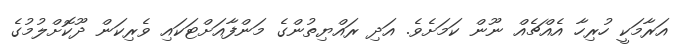
އަރާމަކީ ހުރިހާ އެއްޗެއް ނޫން ކަމަށެވެ. އަދި ރައްޔިތުންގެ މަންފާއަށްޓަކައި ވެރިކަން ދޫކޮށްލުމުގެ